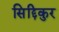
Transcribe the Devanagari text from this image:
सिद्दिकुर